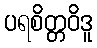
ပရစိတ္တဝိဒူ